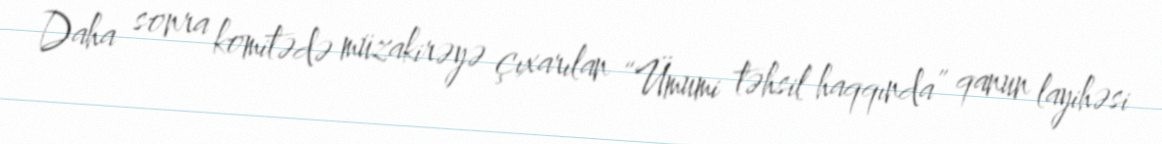
Daha sonra komitədə müzakirəyə çıxarılan “Ümumi təhsil haqqında” qanun layihəsi